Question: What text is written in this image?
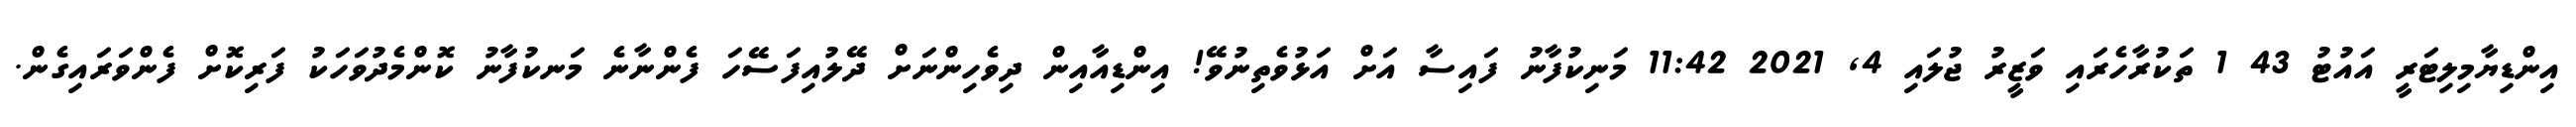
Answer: އިންޑިޔާމިލިޓަރީ އައުޓު 43 1 ތަކުރާހެރައި ވަޒީރު ޖުލައި 4, 2021 11:42 މަނިކުފާނު ފައިސާ އަށް އަޅުވެތިނުވޭ! އިންޑިއާއިން ދިވެހިންނަށް ދޭލުއިފަސޭހަ ފެންނާނެ މަނކުފާނު ކޮންމެދުވަހަކު ފަރިކޮށް ފެންވަރައިގެން.